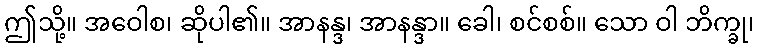
ဤသို့။ အဝေါစ၊ ဆိုပါ၏။ အာနန္ဒ၊ အာနန္ဒာ။ ခေါ၊ စင်စစ်။ သော ဝါ ဘိက္ခု၊